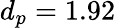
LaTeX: d_{p}=1.92